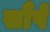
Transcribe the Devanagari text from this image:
सौंपें